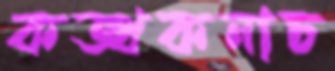
কত্থকনাচ